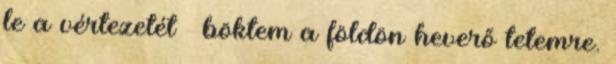
le a vértezetét – böktem a földön heverő tetemre.